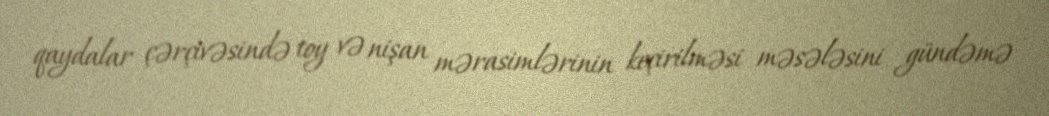
qaydalar çərçivəsində toy və nişan mərasimlərinin keçirilməsi məsələsini gündəmə